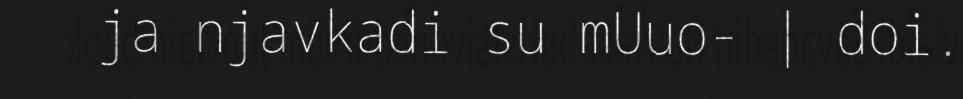
ja njavkadi su mUuo- | doi.